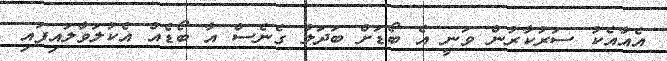
އެއާއެކު ސަރުކާރުން ވަނީ އެ ބޯޑަށް ބަދަލު ގެނެސް އާ ބޯޑެއް އެކުލަވާލައިފައި